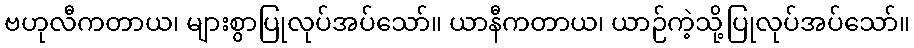
ဗဟုလီကတာယ၊ များစွာပြုလုပ်အပ်သော်။ ယာနီကတာယ၊ ယာဉ်ကဲ့သို့ပြုလုပ်အပ်သော်။